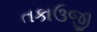
તકાઉજી